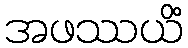
အဖဿယိံ